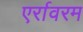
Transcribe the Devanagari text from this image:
एर्रावरम